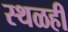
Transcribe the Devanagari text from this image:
स्थळही